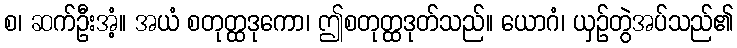
စ၊ ဆက်ဦးအံ့။ အယံ စတုတ္ထဒုကော၊ ဤစတုတ္ထဒုတ်သည်။ ယောဂံ၊ ယှဉ်တွဲအပ်သည်၏